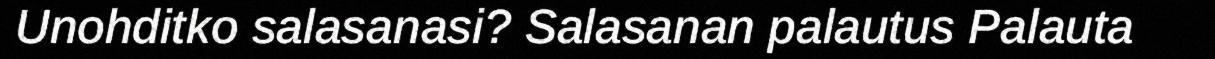
Unohditko salasanasi? Salasanan palautus Palauta